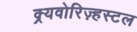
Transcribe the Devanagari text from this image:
क्र्यवोरिज़्हस्टल